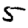
Digit: 5